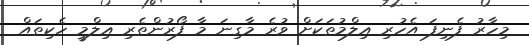
މިހާރު ފެނިފަ އެހުރި ޢިލްމުތަކަށް ވުރެ މާގިނަ މާ ފޯރުންތެރި ޢިލްމީ ހެކިތައް